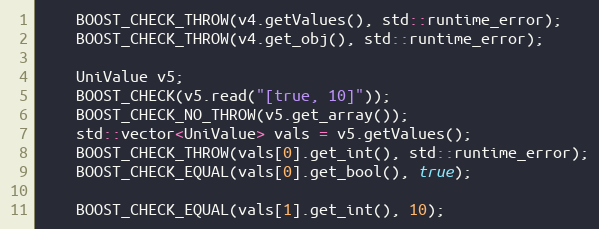
Language: C++
    BOOST_CHECK_THROW(v4.getValues(), std::runtime_error);
    BOOST_CHECK_THROW(v4.get_obj(), std::runtime_error);

    UniValue v5;
    BOOST_CHECK(v5.read("[true, 10]"));
    BOOST_CHECK_NO_THROW(v5.get_array());
    std::vector<UniValue> vals = v5.getValues();
    BOOST_CHECK_THROW(vals[0].get_int(), std::runtime_error);
    BOOST_CHECK_EQUAL(vals[0].get_bool(), true);

    BOOST_CHECK_EQUAL(vals[1].get_int(), 10);